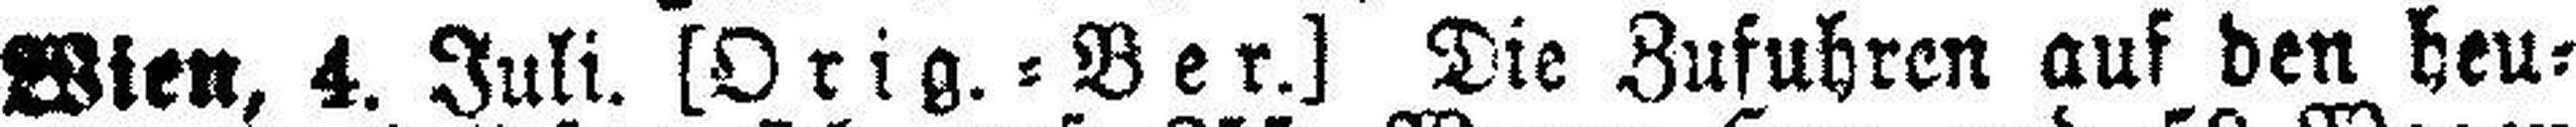
Wien, 4. Juli. [Orig. = Ber.] Die Zufuhren auf den heu¬